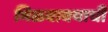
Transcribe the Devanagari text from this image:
मिळवावयाची